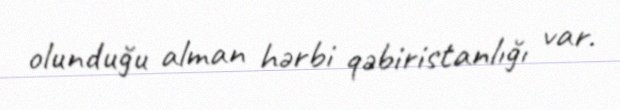
olunduğu alman hərbi qəbiristanlığı var.